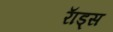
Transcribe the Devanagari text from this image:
राॅड्स